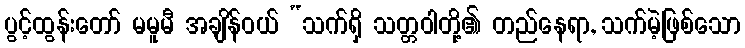
ပွင့်ထွန်းတော် မမူမီ အချိန်ဝယ် “သက်ရှိ သတ္တဝါတို့၏ တည်နေရာ, သက်မဲ့ဖြစ်သော